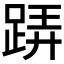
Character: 𨁦